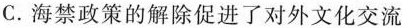
C.海禁政策的解除促进了对外文化交流